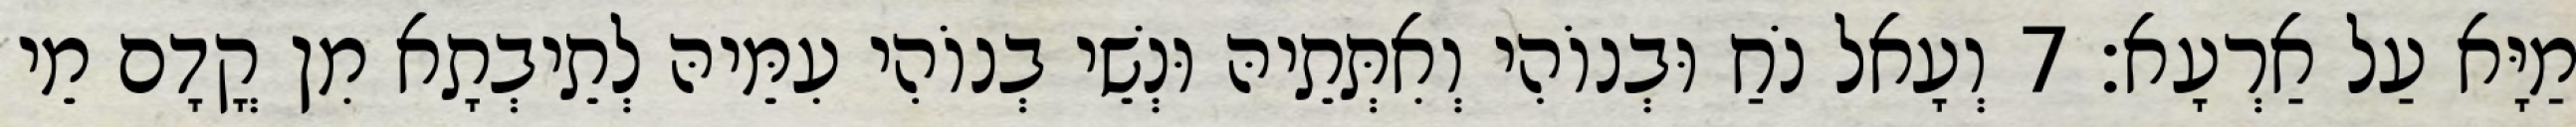
מַיָּא עַל אַרְעָא׃ 7 וְעָאל נֹחַ וּבְנוֹהִי וְאִתְּתֵיהּ וּנְשֵׁי בְנוֹהִי עִמֵּיהּ לְתֵיבְתָא מִן קֳדָם מֵי